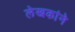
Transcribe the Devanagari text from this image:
लेखकांने